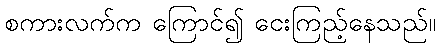
စကားလက်က ကြောင်၍ ငေးကြည့်နေသည်။